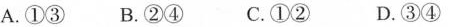
A.①③ B.②④ C.①② D.③④